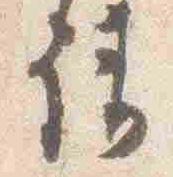
請